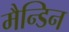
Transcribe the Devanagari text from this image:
मैन्डिन